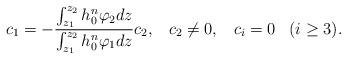
LaTeX: \begin{align*} c_1 = - \frac{ \int_{z_1}^{z_2} h_0^n \varphi_2 dz }{ \int_{z_1}^{z_2} h_0^n \varphi_1 dz } c_2,\;\;\;c_2 \neq 0,\;\;\;c_i = 0 \;\;\; (i \geq 3).\end{align*}